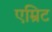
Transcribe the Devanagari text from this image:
एम्रिट